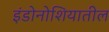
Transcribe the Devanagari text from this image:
इंडोनोशियातील